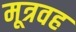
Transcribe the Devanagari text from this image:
मूत्रवह